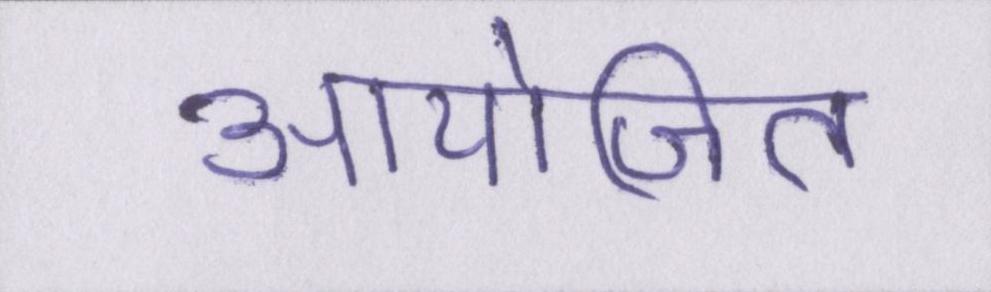
आयोजित